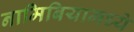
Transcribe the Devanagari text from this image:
नामिबियामध्ये